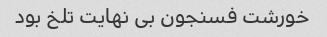
خورشت فسنجون بی نهایت تلخ بود